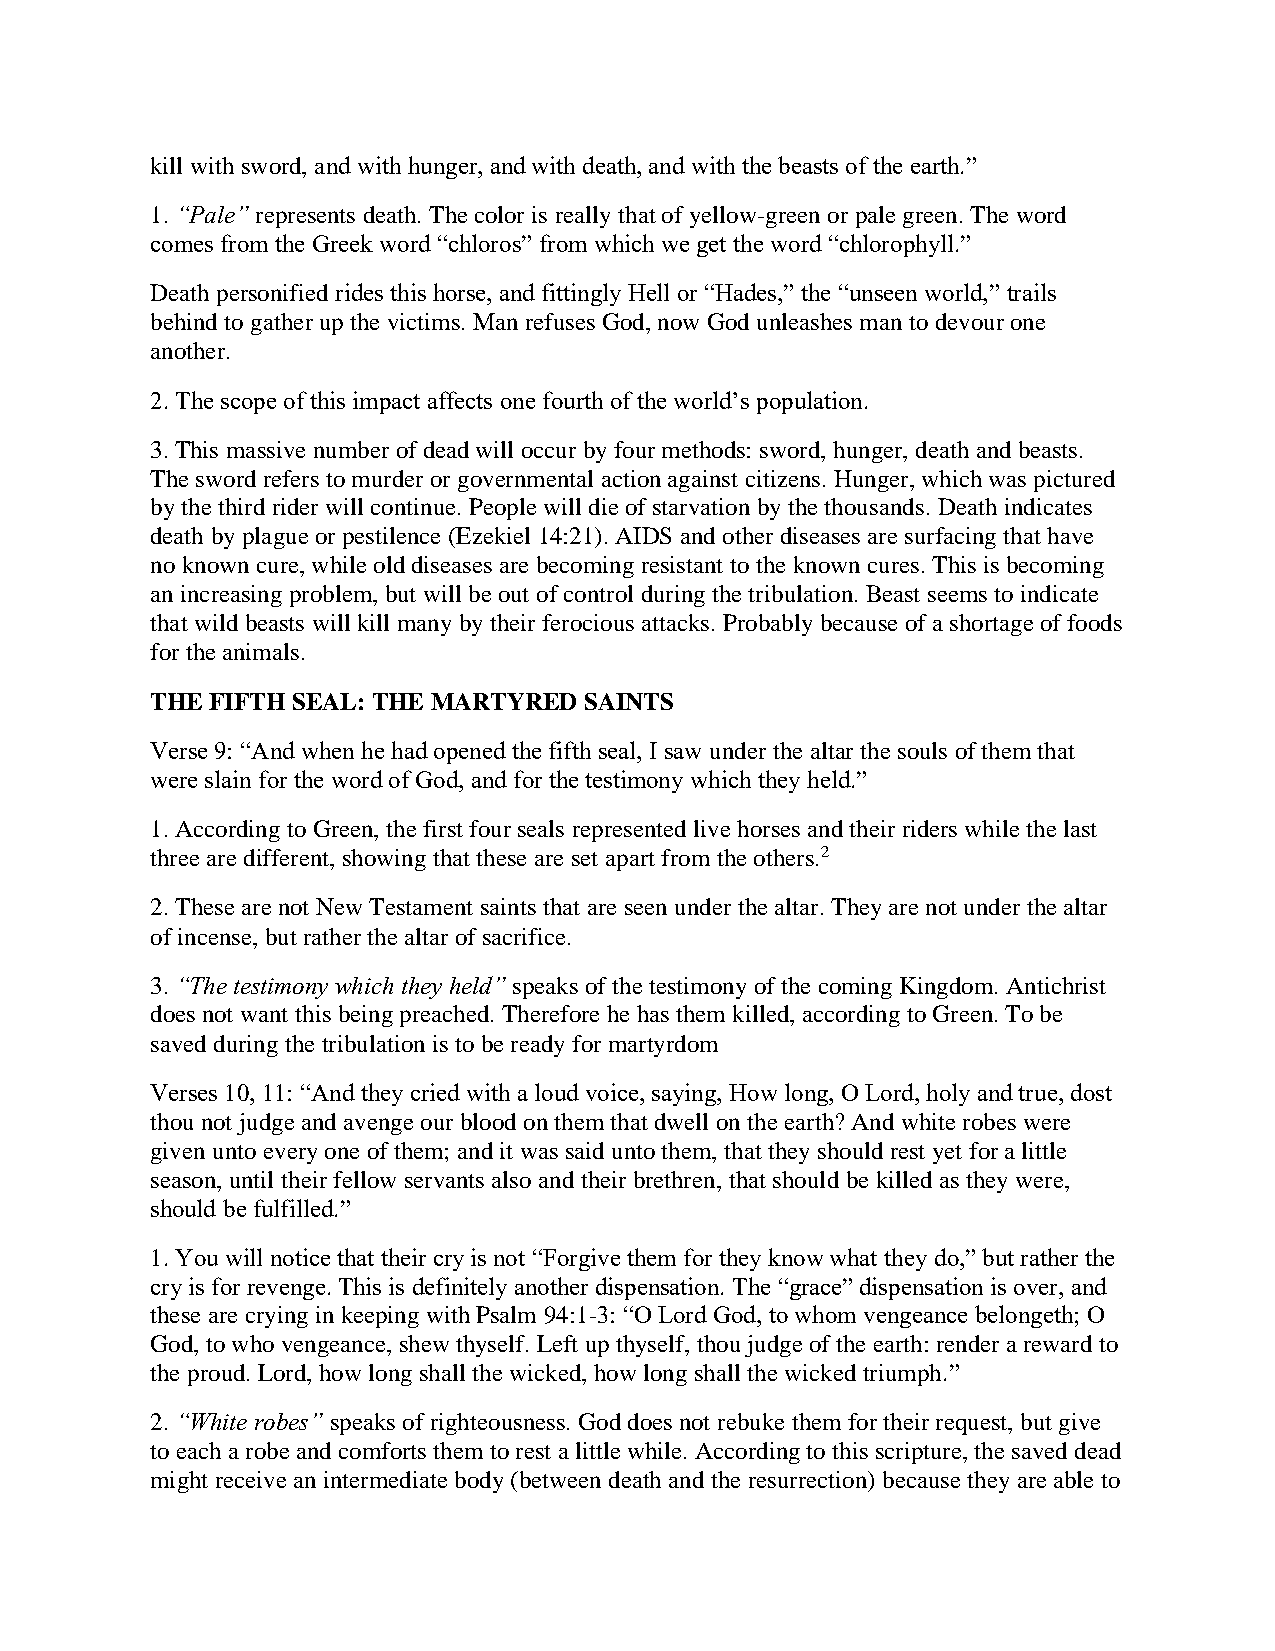
kill with sword, and with hunger, and with death, and with the beasts of the earth.”
 1. “Pale” represents death. The color is really that of yellow-green or pale green. The word
 comes from the Greek word “chloros” from which we get the word “chlorophyll.”
 Death personified rides this horse, and fittingly Hell or “Hades,” the “unseen world,” trails
 behind to gather up the victims. Man refuses God, now God unleashes man to devour one
 another.
 2. The scope of this impact affects one fourth of the world’s population.
 3. This massive number of dead will occur by four methods: sword, hunger, death and beasts.
 The sword refers to murder or governmental action against citizens. Hunger, which was pictured
 by the third rider will continue. People will die of starvation by the thousands. Death indicates
 death by plague or pestilence (Ezekiel 14:21). AIDS and other diseases are surfacing that have
 no known cure, while old diseases are becoming resistant to the known cures. This is becoming
 an increasing problem, but will be out of control during the tribulation. Beast seems to indicate
 that wild beasts will kill many by their ferocious attacks. Probably because of a shortage of foods
 for the animals.
 THE FIFTH SEAL: THE MARTYRED SAINTS
 Verse 9: “And when he had opened the fifth seal, I saw under the altar the souls of them that
 were slain for the word of God, and for the testimony which they held.”
 1. According to Green, the first four seals represented live horses and their riders while the last
 three are different, showing that these are set apart from the others.2
 2. These are not New Testament saints that are seen under the altar. They are not under the altar
 of incense, but rather the altar of sacrifice.
 3. “The testimony which they held” speaks of the testimony of the coming Kingdom. Antichrist
 does not want this being preached. Therefore he has them killed, according to Green. To be
 saved during the tribulation is to be ready for martyrdom
 Verses 10, 11: “And they cried with a loud voice, saying, How long, O Lord, holy and true, dost
 thou not judge and avenge our blood on them that dwell on the earth? And white robes were
 given unto every one of them; and it was said unto them, that they should rest yet for a little
 season, until their fellow servants also and their brethren, that should be killed as they were,
 should be fulfilled.”
 1. You will notice that their cry is not “Forgive them for they know what they do,” but rather the
 cry is for revenge. This is definitely another dispensation. The “grace” dispensation is over, and
 these are crying in keeping with Psalm 94:1-3: “O Lord God, to whom vengeance belongeth; O
 God, to who vengeance, shew thyself. Left up thyself, thou judge of the earth: render a reward to
 the proud. Lord, how long shall the wicked, how long shall the wicked triumph.”
 2. “White robes” speaks of righteousness. God does not rebuke them for their request, but give
 to each a robe and comforts them to rest a little while. According to this scripture, the saved dead
 might receive an intermediate body (between death and the resurrection) because they are able to